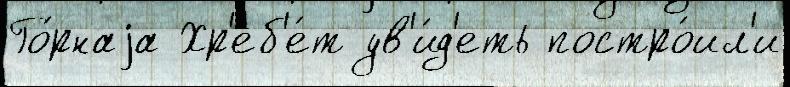
Го́рнаjа Хр'еб'е́т ув'и́д'еть постро́ил'и